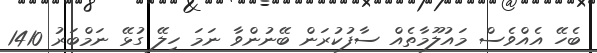
ބެހޭ އެއްވެސް މައުލޫމާތެއް ސާފުކުރަން ބޭނުންވާ ނަމަ ހިލޭ ގުޅޭ ނަމްބަރު 1410